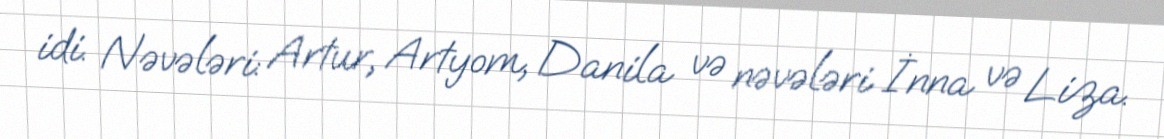
idi. Nəvələri: Artur, Artyom, Danila və nəvələri İnna və Liza.